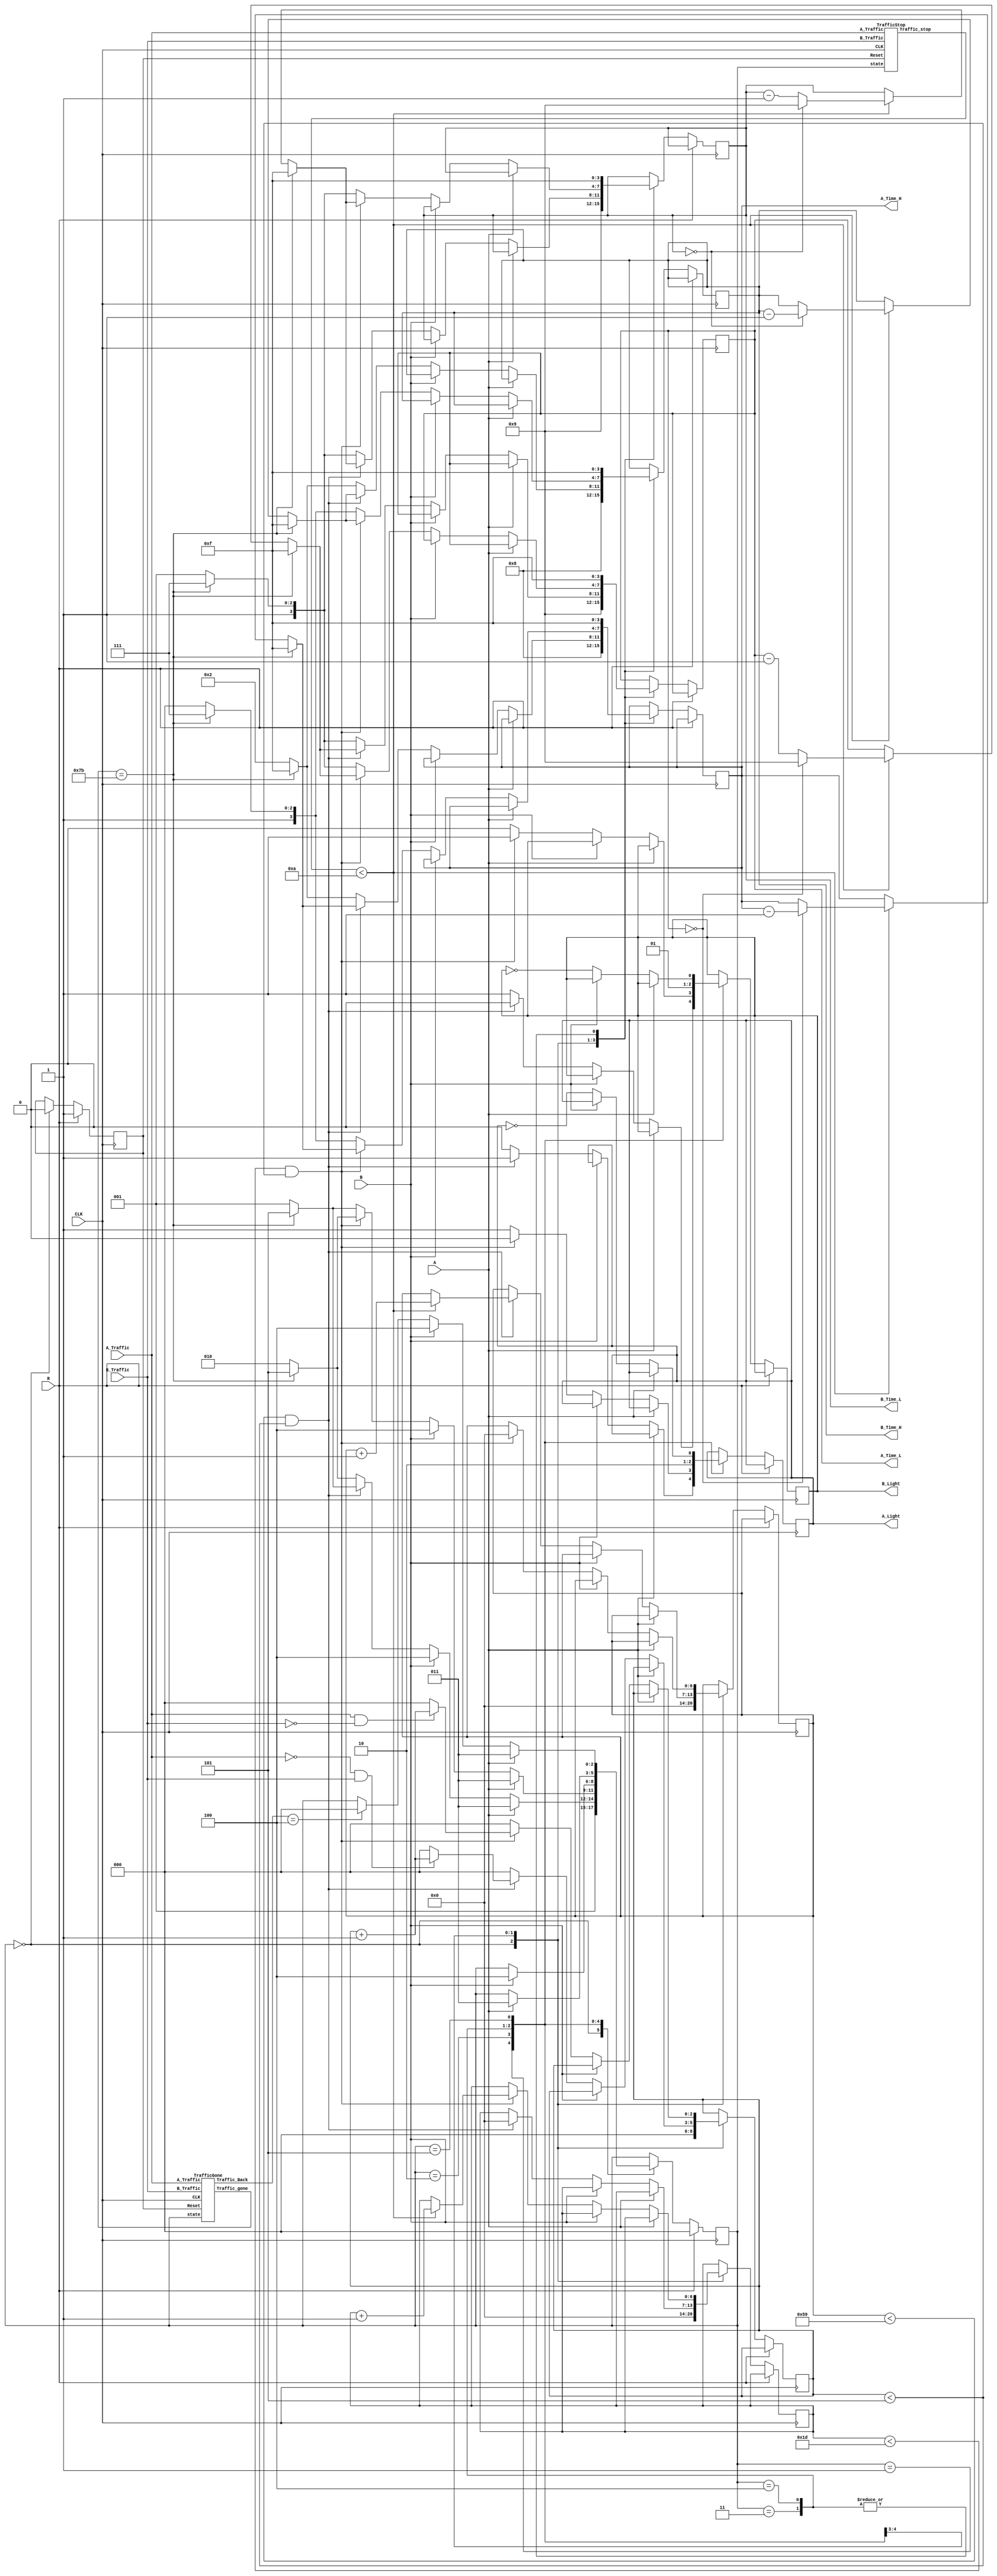
module Traffic_light (CLK, R, A, B, A_Traffic, B_Traffic, A_Time_L, A_Time_H, B_Time_L, B_Time_H, A_Light, B_Light);
input CLK, R, A, B, A_Traffic, B_Traffic;
output reg [3:0]  A_Time_L, A_Time_H, B_Time_L, B_Time_H;
output reg A_Light, B_Light;


reg [2:0] state ;
 /// A_state = normal mode for A 
 // B_state = normal mode for B 
 // A_is_green = when A is pressed
 // B_is_green = when B is pressed 
 // Blink_state = when A & B are blinking
 
parameter init_state = 0, A_state = 1, B_state = 2, A_is_green = 3, B_is_green = 4, Blink_state=5;
reg [6:0] cntA, cntB; /// for counting 90 & 30 seconds
wire [9:0] Traffic_stop; /// for counting 10 seconds when traffic is high
reg	[2:0] Traffic_cnt; /// for counting 5 seconds when traffic is low
wire [6:0] Traffic_gone; /// for counting 125 seconds when there is no traffic
wire [3:0] Traffic_Back; /// for counting 5 seconds when traffic starts again!!
reg Reset;
TrafficStop TS(CLK, Reset, A_Traffic, B_Traffic, state, Traffic_stop);
TrafficGone TG(CLK, Reset, A_Traffic,state, B_Traffic,Traffic_gone,Traffic_Back );

always @(posedge CLK)
begin
	if(R == 1)
	begin
		state <= init_state;
		Reset <= 1;
	end
	else //R==0
	begin
		case(state)
		  //*********************************************************
			init_state:  /// this state is for initializing lights and timers and all registers when someone press R
			begin
				cntA <= 0;
				cntB <= 0;
				
				A_Time_L <= 9;
				A_Time_H <= 8;
				B_Time_L <= 9;
				B_Time_H <= 8;
				
			//	Traffic_stop <= 0; 
				Traffic_cnt <= 0;
			//	Traffic_Back <=0;
		//		Traffic_gone <= 0;
				
				Reset <= 0;
				state <= A_state;
			end
			//*******************************************************************
			A_state: // this is A normal mode state
			begin
				if(A == 1) // when A is pressed
					state <= A_is_green; 
				else if(B == 1) // when B is pressed
					state <= B_is_green; 
				
				else if(cntA < 89 && (Traffic_cnt < 5) )  
				begin
				
					if(Traffic_stop < 10 ) /// increase timers if traffic is low
					begin
						if(A_Time_L == 0)
							A_Time_L <= 9;
						else
							A_Time_L <= A_Time_L - 1;
							
						if( A_Time_L == 0)
							A_Time_H <= A_Time_H - 1;
							
						if(B_Time_L == 0)
							B_Time_L <= 9;
						else
							B_Time_L <= B_Time_L - 1;
						
						if( B_Time_L == 0)
							B_Time_H <= B_Time_H - 1;
							
						cntA <= cntA + 1;
					end
						
					A_Light <= 1;
					B_Light <= 0;
					cntB <= 0;
					state <= A_state;
				
					if(A_Traffic == 0 && B_Traffic == 1) /// detecting low traffic on A and high traffic on B
						Traffic_cnt <= Traffic_cnt + 1;
					else
						Traffic_cnt <= 0;
						
			/*			
					if(A_Traffic == 1) /// detecting high traffic on A
						Traffic_stop <= Traffic_stop + 1;
					else
						Traffic_stop <= 0;
					
					if(A_Traffic == 0 && B_Traffic == 0) /// detecting no traffic on A and B
						Traffic_gone <= Traffic_gone + 1;
					else
						Traffic_gone <= 0;
				*/		
					if(Traffic_gone == 123) /// go to blinking state when there is no traffic !!! 
					begin
						A_Time_L <= 4'b1111;
						A_Time_H <= 4'b1111;
						B_Time_L <= 4'b1111;
						B_Time_H <= 4'b1111;
			//			Traffic_gone <= 0;
						state <= Blink_state;
					end						
				end
				
				else /// go to state B after 90 seconds
				begin
					Traffic_cnt <= 0;
				///	Traffic_stop <= 0;
					
					B_Light <= 1;
					A_Light<= 0;
					
					if(Traffic_gone == 123)
					begin
						state <= Blink_state;
						B_Time_L <= 4'b1111;
						B_Time_H <= 4'b1111;
						A_Time_L <= 4'b1111;
						A_Time_H <= 4'b1111;
					end
					
					else /// go to state B after 90 seconds
					begin
						state <= B_state;
						B_Time_L <= 9;
						B_Time_H <= 2;
						A_Time_L <= 9;
						A_Time_H <= 2;
					end
				end
			end	
			//*****************************************************************
			B_state:	// this is B normal mode
			begin
				if(A == 1) 
			     	state <= A_is_green; 
				  else if(B == 1) 
				     state <= B_is_green; 
				
				else if(cntB < 29 && Traffic_cnt < 5)
				begin
					
					if(Traffic_stop < 10 ) /// increase timers if traffic is low
					begin
						if(A_Time_L == 0)
							A_Time_L <= 9;
						else
							A_Time_L <= A_Time_L - 1;
							
						if( A_Time_L == 0)
							A_Time_H <= A_Time_H - 1;
							
						if(B_Time_L == 0)
							B_Time_L <= 9;
						else
							B_Time_L <= B_Time_L - 1;
						
						if( B_Time_L == 0)
							B_Time_H <= B_Time_H - 1;
						cntB <= cntB + 1;
					end
					
					A_Light <= 0;
					B_Light <= 1;
					cntA <= 0;
					state <= B_state;
					
					if(A_Traffic == 1 && B_Traffic == 0) /// detecting low traffic on B and high traffic on A
						Traffic_cnt <= Traffic_cnt + 1;
					else
						Traffic_cnt <= 0;
				/*		
					if(B_Traffic == 1) /// detecting high traffic on B
						Traffic_stop <= Traffic_stop + 1;
					else
						Traffic_stop <= 0;
						
					if(B_Traffic == 0 && A_Traffic == 0) /// detecting no traffic on A and B
						Traffic_gone <= Traffic_gone + 1;
					else
						Traffic_gone <= 0;
					*/			
					if(Traffic_gone == 123) /// go to blinking state when there is no traffic !!! 
					begin
						//Traffic_gone <= 0;
						A_Time_L <= 4'b1111;
						A_Time_H <= 4'b1111;
						B_Time_L <= 4'b1111;
						B_Time_H <= 4'b1111;
						state <= Blink_state;
					end							
				end
				else 
				begin
					Traffic_cnt <= 0;
			///		Traffic_stop <= 0;
					
					B_Light <= 0;
					A_Light<= 1;
					if(Traffic_gone == 123)
					begin
						state <= Blink_state;
						B_Time_L <= 4'b1111;
						B_Time_H <= 4'b1111;
						A_Time_L <= 4'b1111;
						A_Time_H <= 4'b1111;
					end
					else /// go to state B after 30 seconds
					begin
						state <= A_state;
						B_Time_L <= 9;
						B_Time_H <= 8;
						A_Time_L <= 9;
						A_Time_H <= 8;
					end
				end		
			end
			//*********************************************************************
			A_is_green: /// when A is pressed
			begin
				A_Light = 1;
				B_Light = 0;
				A_Time_L <= 4'b1111;
				A_Time_H <= 4'b1111;
				B_Time_L <= 4'b1111;
				B_Time_H <= 4'b1111;
				if(R == 1) // if R pressed
				begin
				 state <= init_state; 
				end
				else if(B == 1) 
				     state <= B_is_green; // if B pressed
			end
			
			//************************************************************************
			B_is_green: // when B is pressed
			begin
				A_Light <= 0;
				B_Light <= 1;
				A_Time_L <= 4'b1111;
				A_Time_H <= 4'b1111;
				B_Time_L <= 4'b1111;
				B_Time_H <= 4'b1111;
				if(R == 1) /// if R pressed
				begin
					state <= init_state; 
				end
				else if(A == 1)
				   state <= A_is_green;  /// if A pressed
			end
			
			
		//*********************************************************
			
			Blink_state: // when there is no traffic
			begin
				if(A == 1) 
				    state <= A_is_green; 
				else if(B == 1) 
				    state <= B_is_green; 
				else 
				  
				begin
					A_Light <= !A_Light; ///blinking
					B_Light <= !B_Light;  ///blinking
					
			/*		if(A_Traffic == 1 || B_Traffic ==1)
						Traffic_Back <= Traffic_Back + 1;
					else
						Traffic_Back <= 0;
			*/			
					if(Traffic_Back == 4) /// if traffic starts
					begin
					//	Traffic_Back <=0;
						state <= init_state;
					end
				end 
			end
		endcase
	end
end
endmodule
//**************************************************
module TrafficGone(CLK, Reset, A_Traffic,state, B_Traffic,Traffic_gone,Traffic_Back );

input A_Traffic, B_Traffic, CLK, Reset;
input [2:0]state;

parameter init_state = 0, A_state = 1, B_state = 2, A_is_green = 3, B_is_green = 4, Blink_state=5;
output reg [6:0] Traffic_gone;
output reg [3:0]Traffic_Back;

always@(posedge CLK)
begin
if(Reset==1)
begin
	Traffic_gone <= 0;
	Traffic_Back <= 0;
end
else
begin

	if(B_Traffic == 0 && A_Traffic == 0) /// detecting no traffic on A and B
		Traffic_gone <= Traffic_gone + 1;
	else
		Traffic_gone <= 0;
		
	if((A_Traffic == 1 || B_Traffic ==1) && state == Blink_state )   
		Traffic_Back <= Traffic_Back + 1;
	else
		Traffic_Back <= 0;
end
end


endmodule

//*************************************

module TrafficStop(CLK, Reset, A_Traffic, B_Traffic, state, Traffic_stop );

input A_Traffic, B_Traffic, CLK, Reset;
input [2:0] state;
parameter init_state = 0, A_state = 1, B_state = 2, A_is_green = 3, B_is_green = 4, Blink_state=5;
output reg [9:0] Traffic_stop;

always@(posedge CLK)
begin
if(Reset==1)
	Traffic_stop <= 0;
else
begin

	if((A_Traffic == 1 && state == A_state )|| (B_Traffic == 1 && state == B_state)) /// detecting high traffic on 
		Traffic_stop <= Traffic_stop + 1;
	else
		Traffic_stop <= 0;
end
end


endmodule
//************************************

`timescale 1ns / 1ns
//////////////////////////////////////////////////////////////////////////////////
// This is a sample self-checking testbench
// 
//////////////////////////////////////////////////////////////////////////////////
module interface_tb;

reg CLK, R, A, B, A_Traffic, B_Traffic ;

wire [3:0] A_Time_L, A_Time_H, B_Time_L, B_Time_H;
wire  A_Light, B_Light;

///here we add the main block
Traffic_light uut (CLK, R, A, B, A_Traffic, B_Traffic, A_Time_L, A_Time_H, B_Time_L, B_Time_H, A_Light, B_Light);



/// here we build the clock
initial
begin
	CLK = 1'b0;
end
always 
#5
 CLK = ~CLK;
/// here we initial the reset 
initial
begin 
	A=0; 
	B=0; 
	A_Traffic=0;
	B_Traffic=0;
	R=1;
	#400;
	R=0;
	#1000;
	
	A=1;
	#30
	A=0;
	#30
	
	
	
	B=1;
	#30
	B=0;
	#30
	
	R=1;
	#30
	R=0;
	#30
	
	#1000
	
	B_Traffic=1;
	#300

	B_Traffic=0;
	
	A_Traffic=1;
	#300
	A_Traffic=0;
	
	#1000
	
	R=1;
	#10
	R=0;
	#50
	A_Traffic=1;
	#10
	A_Traffic=0;
	
	
	
	
#5000 $stop;	
end         

endmodule

//**************************************